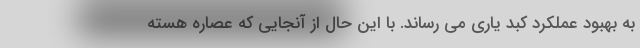
به بهبود عملکرد کبد یاری می رساند. با این حال از آنجایی که عصاره هسته